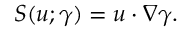
S ( u ; \gamma ) = u \cdot \nabla \gamma .